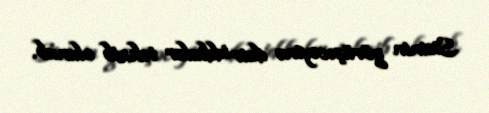
Sisinin görüşəcəyinə dair iddialar təkzib olunub.